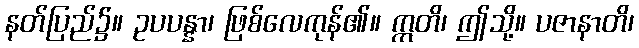
နတ်ပြည်၌။ ဥပပန္နာ၊ ဖြစ်လေကုန်၏။ ဣတိ၊ ဤသို့။ ပဇာနာတိ၊